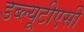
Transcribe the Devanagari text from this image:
डब्ल्यूटीएसी